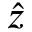
\hat { z }